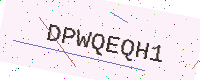
Text: DPWQEQH1